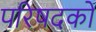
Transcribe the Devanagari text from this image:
परिषदको